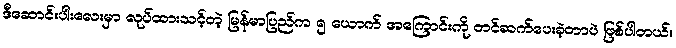
ဒီဆောင်းပါးလေးမှာ လုပ်ထားသင့်တဲ့ မြန်မာပြည်က ၅ ယောက် အကြောင်းကို တင်ဆက်ပေးခဲ့တာပဲ ဖြစ်ပါတယ်။